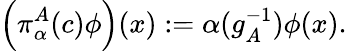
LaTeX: \left(\pi_{\alpha}^{A}(c)\phi\right)(x):=\alpha(g_{A}^{-1})\phi(x).